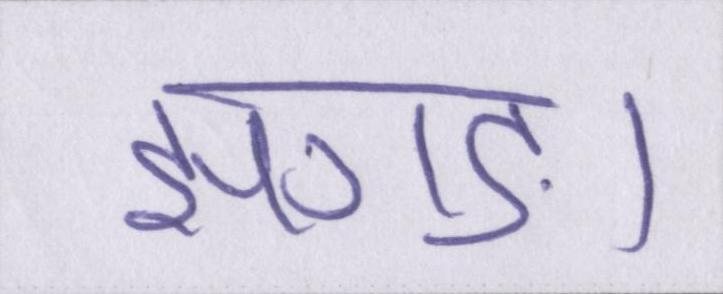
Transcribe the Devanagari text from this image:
झगड़ा